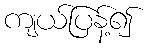
ကျယ်ပြန့်၍